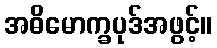
အဓိမောက္ခပုဒ်အဖွင့်။